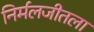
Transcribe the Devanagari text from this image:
निर्मलजीतला